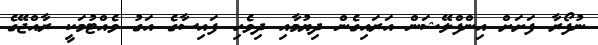
ނުފޯރާ ފަށަށް އިންފްލޭޝަން އަރައިގެން ދިޔުމާއި ދިވެހި ފައިސާގެ އަގު ވެއްޓުމަކީ ރާއްޖޭގެ